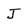
Character: J